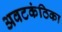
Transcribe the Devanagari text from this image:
अवटकंठिका